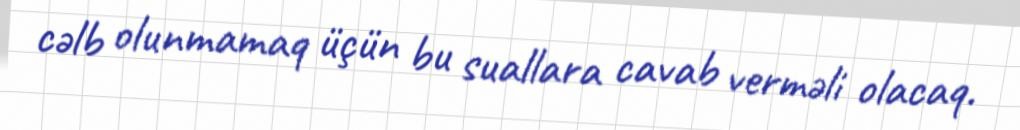
cəlb olunmamaq üçün bu suallara cavab verməli olacaq.